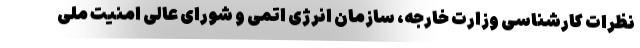
نظرات کارشناسی وزارت خارجه، سازمان انرژی اتمی و شورای عالی امنیت ملی